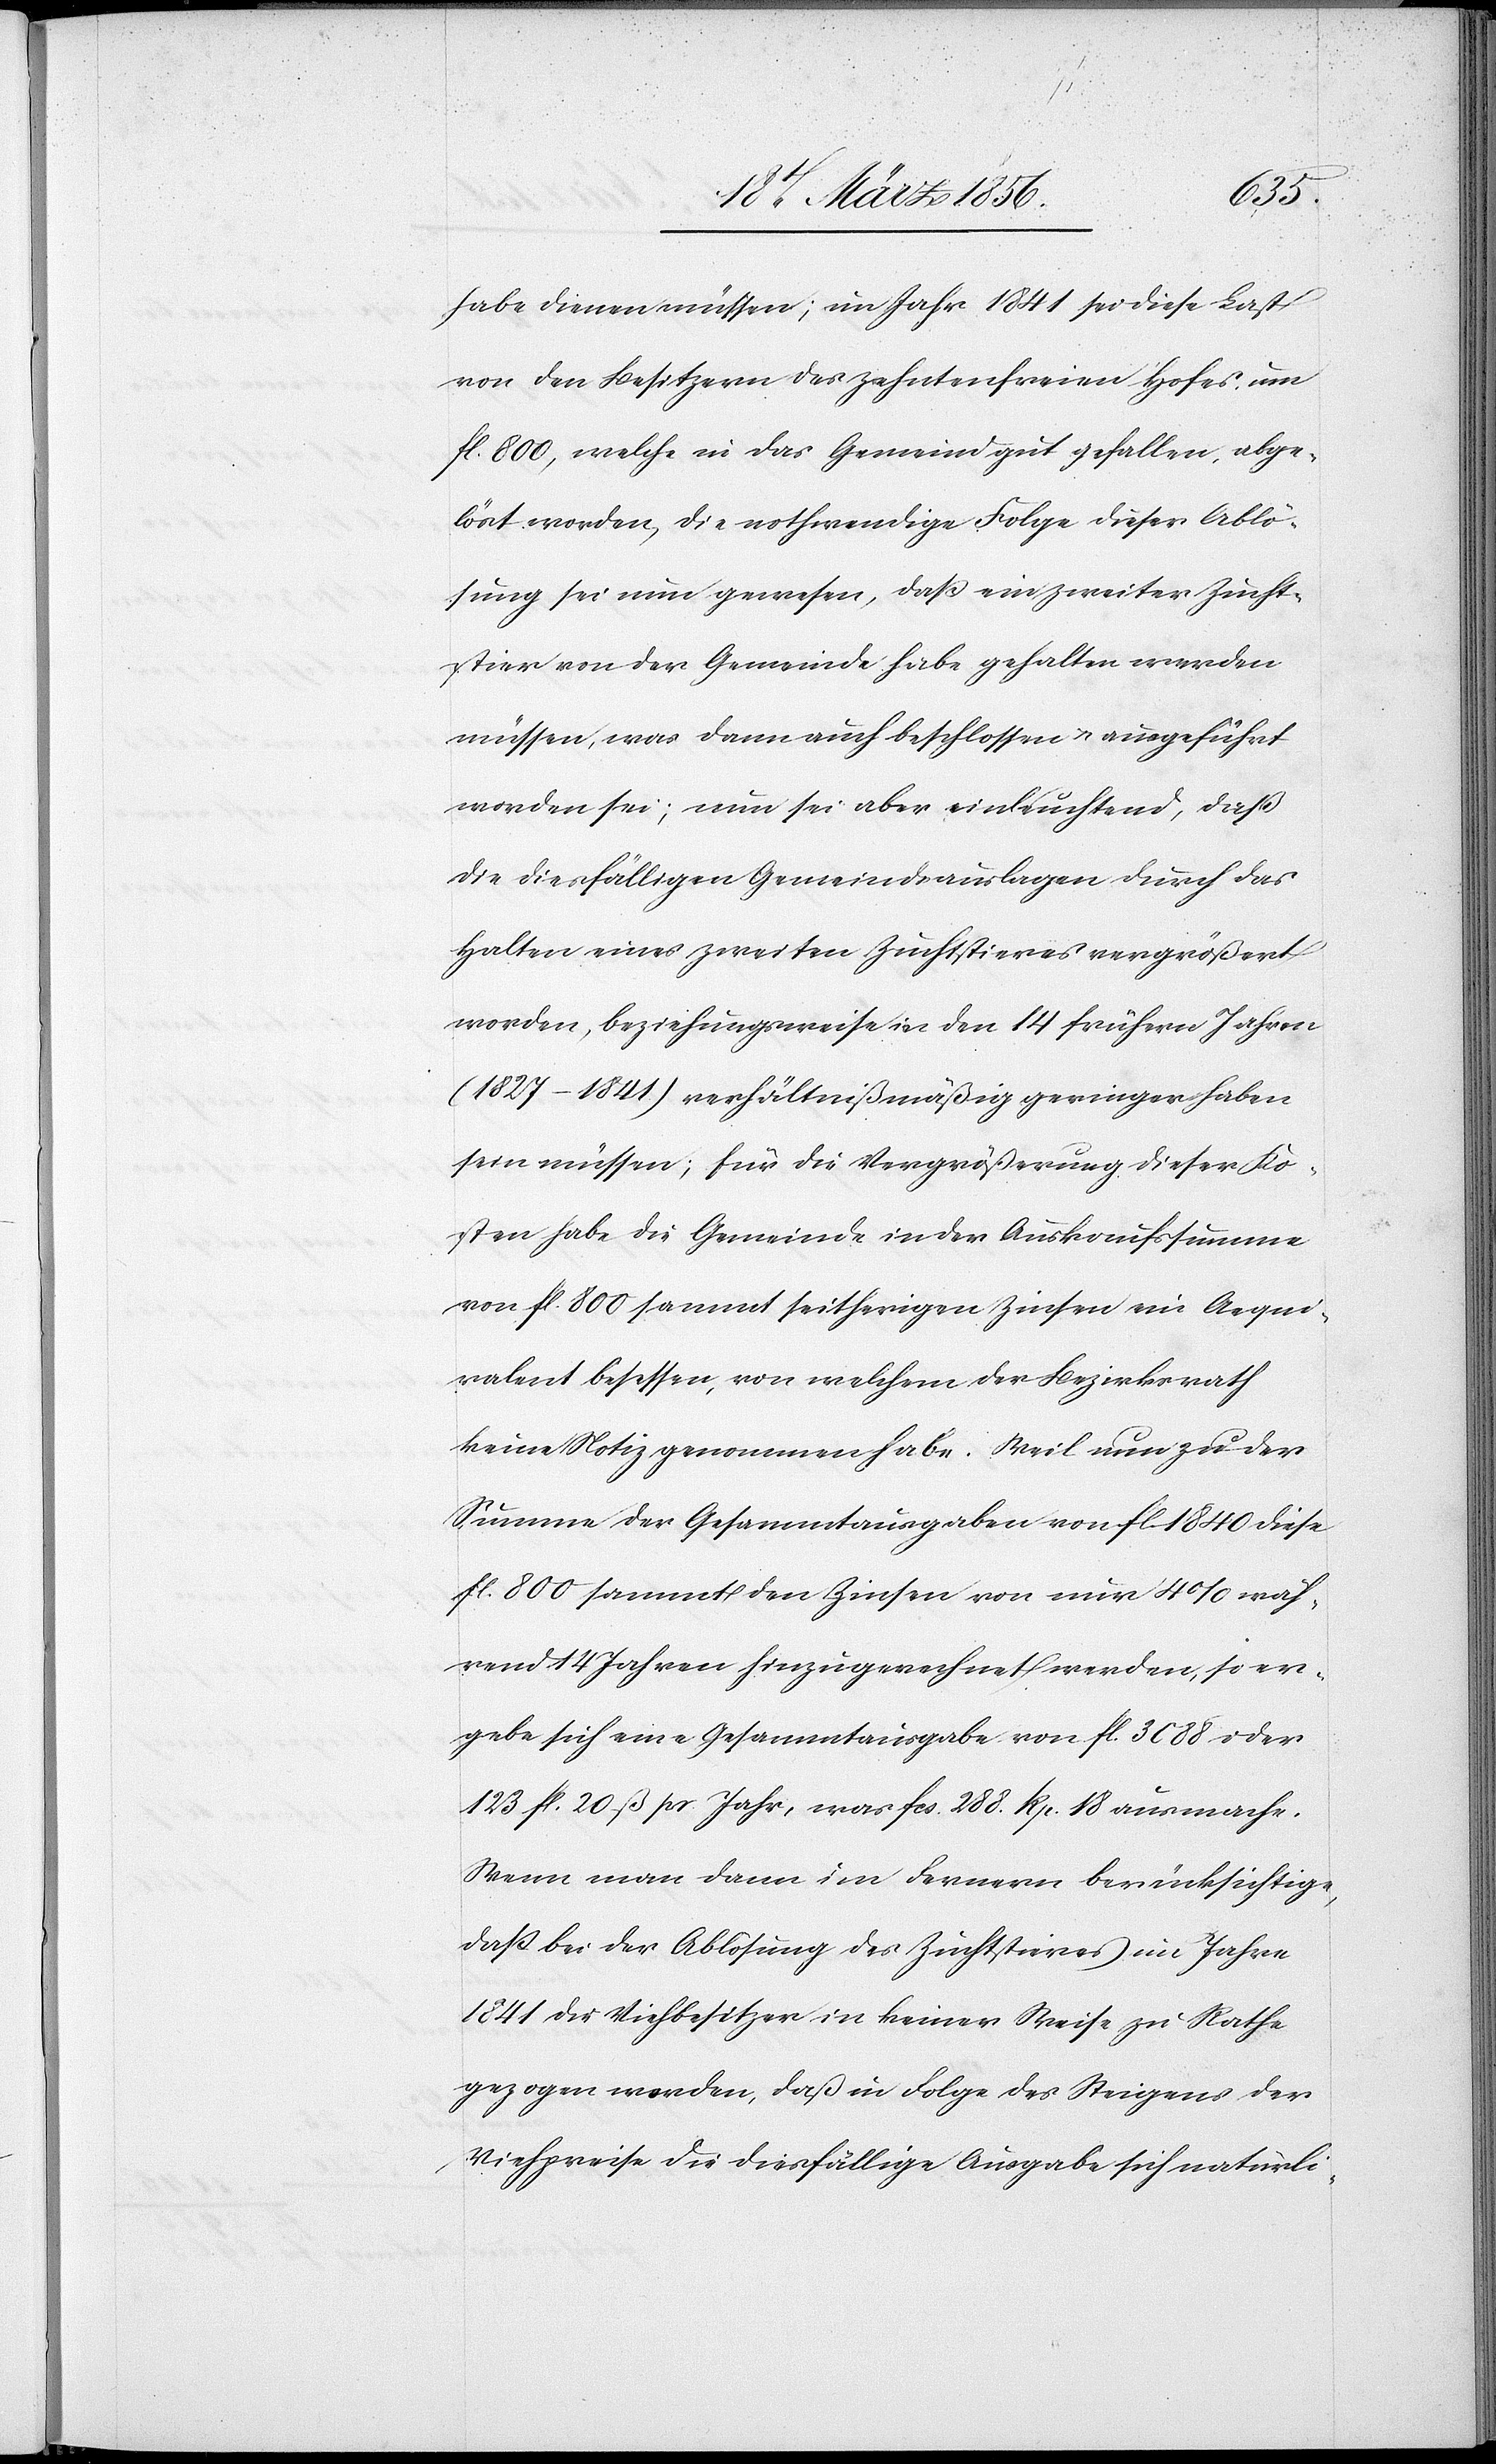
habe dienen müssen; im Jahr 1841 sei diese Last
von den Besitzern des zehntenfreien Hofes um
fl. 800, welche in das Gemeindgut gefallen, abge¬
löst worden, die nothwendige Folge dieser Ablö¬
sung sei nun gewesen, daß ein zweiter Zucht¬
stier von der Gemeinde habe gehalten werden
müssen, was dann auch beschlossen u. ausgeführt
worden sei; nun sei aber einleuchtend, daß
die diesfälligen Gemeindsauslagen durch das
Halten eines zweiten Zuchtstieres vergrößert
worden, beziehungsweise in den 14 frühern Jahren
(1827–1841) verhältnißmäßig geringer haben
sein müssen; für die Vergrößerung dieser Ko¬
sten habe die Gemeinde in der Auskaufssumme
von fl. 800 sammt seitherigen Zinsen ein Aequi¬
valent besessen, von welchem der Bezirksrath
keine Notiz genommen habe. Weil nun zu der
Summe der Gesammtausgaben von fl. 1840 diese
fl. 800 sammt den Zinsen von nur 4% wäh¬
rend 14 Jahren hinzugerechnet werden, so er¬
gebe sich eine Gesammtausgabe von fl. 3088 oder
123 fl. 20 ß pr Jahr, was fcs. 288. Rp. 18 ausmache.
Wenn man dann im Fernern berücksichtige,
daß bei der Ablösung des Zuchtstieres im Jahre
1841 die Viehbesitzer in keiner Weise zu Rathe
gezogen worden, daß in Folge des Steigens der
Viehpreise die diesfällige Ausgabe sich natürli-